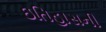
ઇતિહાસની